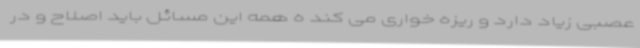
عصبی زیاد دارد و ریزه خواری می کند ه همه این مسائل باید اصلاح و در